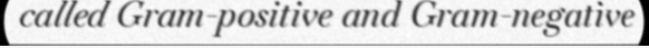
called Gram-positive and Gram-negative